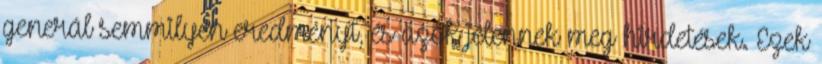
generál semmilyen eredményt, és azok jelennek meg hirdetések. Ezek